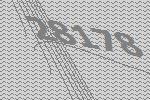
28178